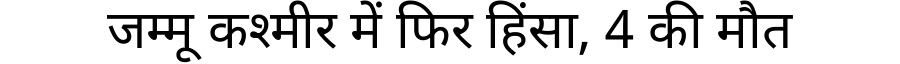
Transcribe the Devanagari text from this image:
जम्मू कश्मीर में फिर हिंसा, 4 की मौत